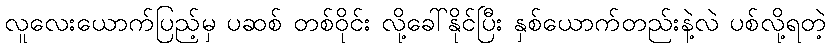
လူလေးယောက်ပြည့်မှ ပဆစ် တစ်ဝိုင်း လို့ခေါ်နိုင်ပြီး နှစ်ယောက်တည်းနဲ့လဲ ပစ်လို့ရတဲ့